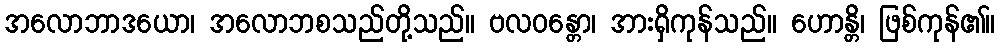
အလောဘာဒယော၊ အလောဘစသည်တို့သည်။ ဗလဝန္တော၊ အားရှိကုန်သည်။ ဟောန္တိ၊ ဖြစ်ကုန်၏။